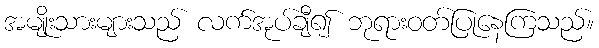
အမျိုးသားများသည် လက်အုပ်ချီ၍ ဘုရားဝတ်ပြုနေကြသည်။